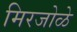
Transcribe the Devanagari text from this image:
मिरजोळे